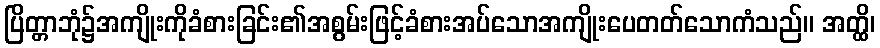
ပြိတ္တာဘုံ၌အကျိုးကိုခံစားခြင်း၏အစွမ်းဖြင့်ခံစားအပ်သောအကျိုးပေတတ်သောကံသည်။ အတ္ထိ၊